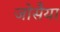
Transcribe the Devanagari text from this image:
जोसैया